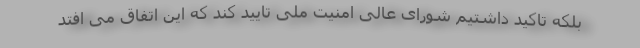
بلکه تاکید داشتیم شورای عالی امنیت ملی تایید کند که این اتفاق می افتد